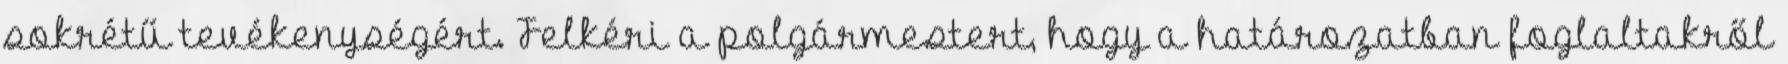
sokrétű tevékenységért. Felkéri a polgármestert, hogy a határozatban foglaltakről